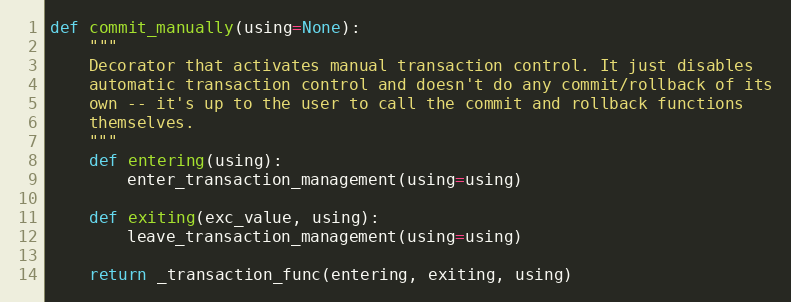
Language: Python
def commit_manually(using=None):
    """
    Decorator that activates manual transaction control. It just disables
    automatic transaction control and doesn't do any commit/rollback of its
    own -- it's up to the user to call the commit and rollback functions
    themselves.
    """
    def entering(using):
        enter_transaction_management(using=using)

    def exiting(exc_value, using):
        leave_transaction_management(using=using)

    return _transaction_func(entering, exiting, using)